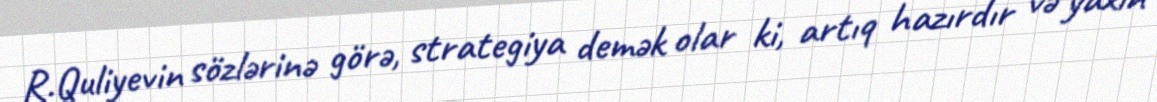
R.Quliyevin sözlərinə görə, strategiya demək olar ki, artıq hazırdır və yaxın